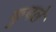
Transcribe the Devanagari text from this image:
कुबले